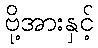
ဗို့အားနှင့်